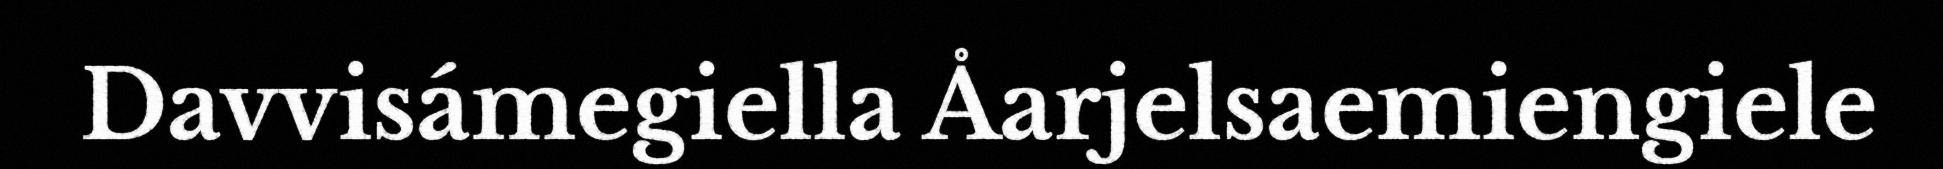
Davvisámegiella Åarjelsaemiengiele